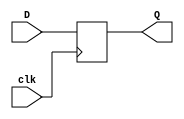
module DFF3(D,clk,Q);
input [2:0] D; // Data input 
input clk; // clock input 
output reg [2:0] Q; // output Q 
always @(posedge clk) 
begin
 Q <= D; 
end 
endmodule